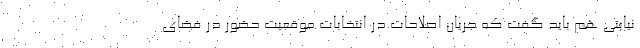
نیابتی هم باید گفت که جریان اصلاحات در انتخابات موقعیت حضور در فضای